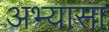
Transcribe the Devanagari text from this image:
अभ्यासा